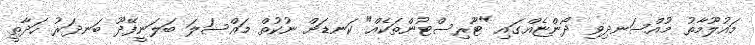
މައުލޫމާތު މުއްސަނދިވި ދޯންޏެއްގައި "ޓޫރިސްޓުންތަކެއް" ކަނޑަށް ނުކުތް މައްސަލަ ބަލަނީފޭދޫ ބަނދަރު ހަދާތީ